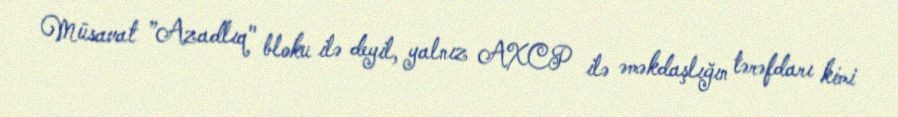
Müsavat ”Azadlıq" bloku ilə deyil, yalnız AXCP ilə əməkdaşlığın tərəfdarı kimi